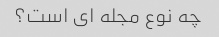
چه نوع مجله ای است؟